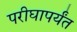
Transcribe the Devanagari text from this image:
परीघापर्यंत